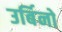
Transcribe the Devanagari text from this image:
उर्बिनो